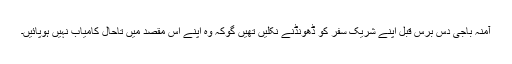
آمنہ باجی دس برس قبل اپنے شریک سفر کو ڈھونڈنے نکلیں تھیں گوکہ وہ اپنے اس مقصد میں تاحال کامیاب نہیں ہوپائیں۔